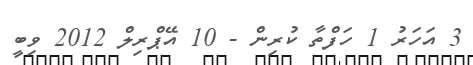
3 އަހަރު 1 ހަފްތާ ކުރިން - 10 އޭޕްރިލް 2012 ވިބީ